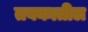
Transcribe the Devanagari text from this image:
तबकातील